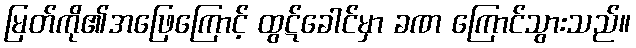
မြတ်ကို၏အဖြေကြောင့် ထွဋ်ခေါင်မှာ ခဏ ကြောင်သွားသည်။